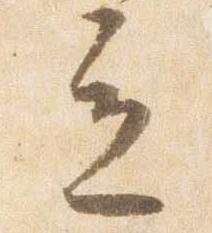
立